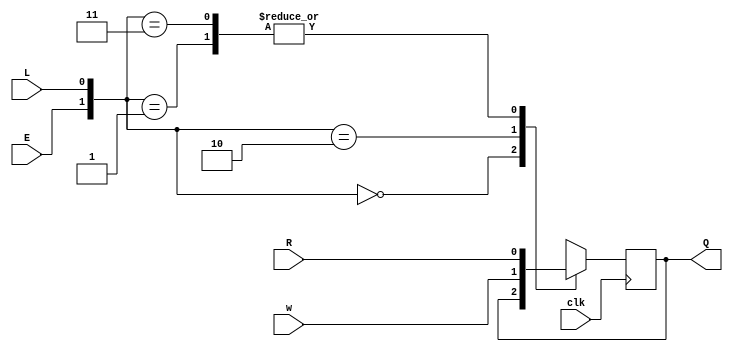
module top_module (
    input clk,
    input w, R, E, L,
    output Q
);
    wire [1:0] con;
    assign con = {E,L};
	always @ (posedge clk) begin
        case (con)
            2'b00 : Q <= Q;
            2'b01 : Q <= R;
			2'b10 : Q <= w;
            2'b11 : Q <= R;        
        endcase    
    end

endmodule